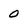
Character: 0